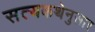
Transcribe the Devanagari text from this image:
सत्यकथेनुसार